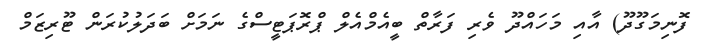
ފޮނިމަގޫދޫ) އާއި މަހައްދޫ ވެރި ފަރާތް ބީއެމްއެލް ޕްރޮޕަޓީސްގެ ނަމަށް ބަދަލުކުރަން ޓޫރިޒަމް